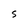
Character: h